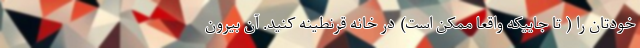
خودتان را ( تا جاییکه واقعاً ممکن است) در خانه قرنطینه کنید. آن بیرون